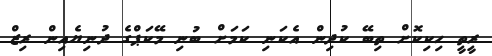
ރީތީ ހިކިކޮށް ތިބޭ ކުދިން އެކަނި ކަމަށް ބުނި މޭކަޕްގެ ދުނިޔެއިން ރިޒް